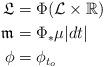
LaTeX: \begin{align*}\mathfrak{L}&=\Phi(\mathcal{L}\times\mathbb{R})\\\mathfrak{m}&=\Phi_{*}\mu|dt|\\\phi&=\phi_{t_o}\end{align*}